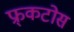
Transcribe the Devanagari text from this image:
फ्र्कटोस